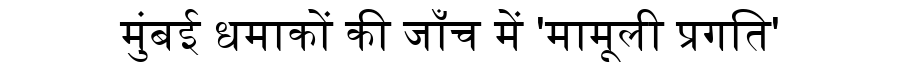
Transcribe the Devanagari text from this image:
मुंबई धमाकों की जाँच में 'मामूली प्रगति'